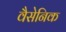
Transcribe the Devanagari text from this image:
वैसेनिक